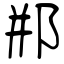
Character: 郱